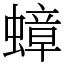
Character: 蟑